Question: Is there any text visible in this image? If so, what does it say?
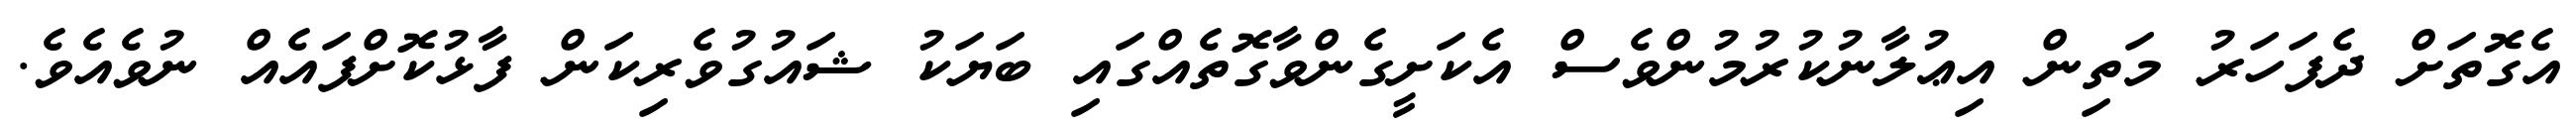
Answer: އެގޮތަށް ދެފަހަރު މަތިން އިޢުލާނުކުރުމުންވެސް އެކަށީގެންވާގޮތެއްގައި ބަޔަކު ޝައުގުވެރިކަން ފާޅުކޮށްފައެއް ނުވެއެވެ.